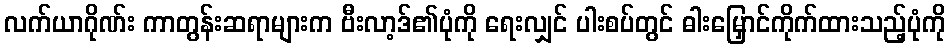
လက်ယာဂိုဏ်း ကာတွန်းဆရာများက ဗီးလာ့ဒ်၏ပုံကို ရေးလျှင် ပါးစပ်တွင် ဓါးမြှောင်ကိုက်ထားသည့်ပုံကို